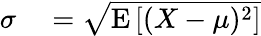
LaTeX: \begin{array}{rl}{\sigma}&{{}={\sqrt{\operatorname{E}\left[(X-\mu)^{2}\right]}}}\end{array}